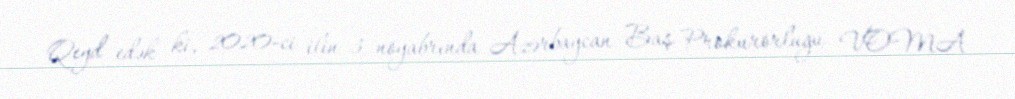
Qeyd edək ki, 2020-ci ilin 3 noyabrında Azərbaycan Baş Prokurorluğu VOMA